Annual administration report of the Civil Veterinary Department of India - 1892-1893
Year: 1892
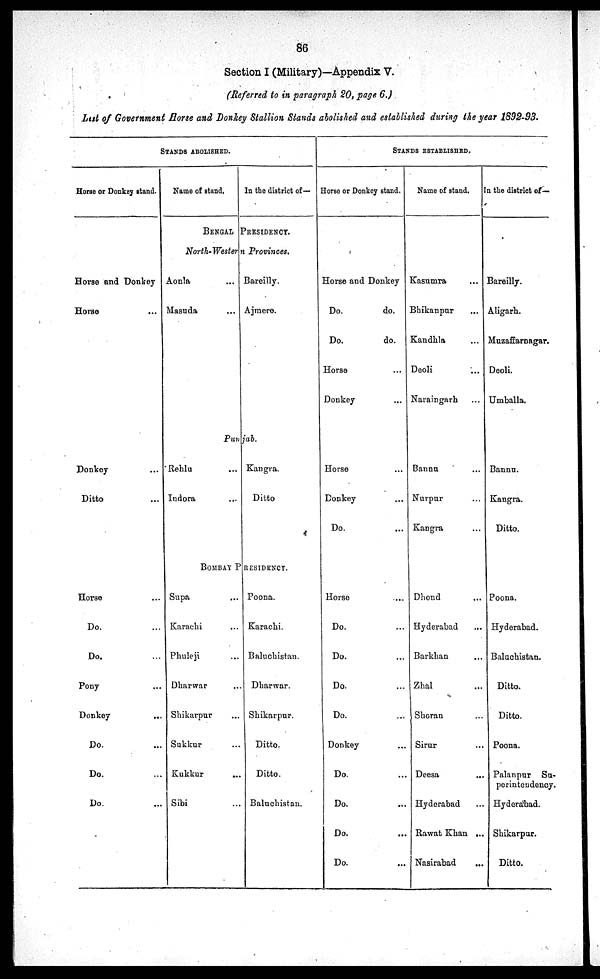
86
Section I (Military)—Appendix V.
(Referred to in paragraph 20, page 6.)
List of Government Horse and Donkey Stallion Stands abolished and established during the year 1892-93.
STANDS ABOLISHED.
Horse or Donkey stand.
Horse and Donkey
Horse ...
Donkey ...
Ditto ...
Horse ...
Do. ...
Do. ...
Pony ...
Donkey
...
Do. ...
Do.
Do. ...
Name of stand.
In the district of—
BENGAL PRESIDENCY.
North-Western Provinces.
Aonla ...
Masuda ...
Bareilly.
Ajmere.
Punjab.
Rehlu ...
Indora ...
Kangra.
Ditto
BOMBAY PRESIDENCY.
Supa ...
Karachi ...
Phuleji ...
Dharwar ...
Shikarpur ...
Sukkur ...
Kukkur ...
Sibi ...
Poona.
Karachi.
Baluchistan.
Dharwar.
Shikarpur.
Ditto.
Ditto.
Baluchistan.
STANDS ESTABLISHED.
Horse or Donkey stand.
Horse and Donkey
Do.
do.
Do.
do.
Horse ...
Donkey ...
Horse ...
Donkey ...
Do. ...
Horse ...
Do. ...
Do. ...
Do. ...
Do. ...
Donkey ...
Do.
Do. ...
Do. ...
Do. ...
Name of stand.
Kasumra ...
Bhikanpur ...
Kandhla ...
Deoli ...
Naraingarh ...
Bannu ...
Nurpur ...
Kangra ...
Dhond ...
Hyderabad ...
Barkhan ...
Zhal ...
Shoran ...
Sirur ...
Deesa ...
Hyderabad ...
Rawat Khan ...
Nasirabad ...
In the district of—
Bareilly.
Aligarh.
Muzaffarnagar.
Deoli.
Umballa.
Bannu.
Kangra.
Ditto.
Poona.
Hyderabad.
Baluchistan.
Ditto.
Ditto.
Poona.
Palanpur Su-
perintendency
Hyderabad.
Shikarpur.
Ditto.